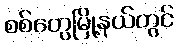
စစ်တွေမြို့နယ်တွင်